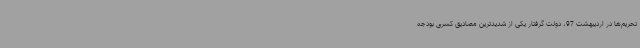
تحریم‌ها در اردیبهشت 97، دولت گرفتار یکی از شدیدترین مصادیق کسری بودجه